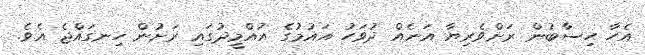
އެހާ ހިސާބުން ރަށްވެރިޔާ އަނެއް ދުވަހު އައުމުގެ އުއްމީދުގައި ރަށުން ހިނގައްޖެ އެވެ.